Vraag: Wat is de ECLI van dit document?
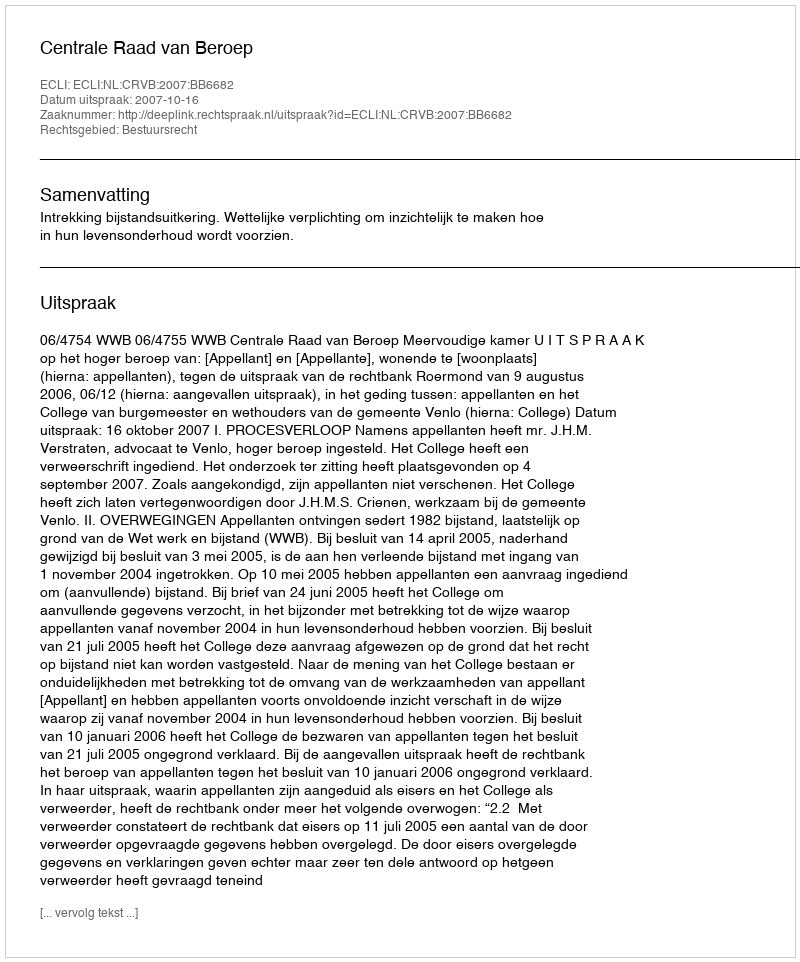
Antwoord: ECLI:NL:CRVB:2007:BB6682